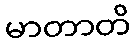
မာတာတိ